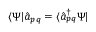
\langle \Psi | \hat { a } _ { p q } = \langle \hat { a } _ { p q } ^ { \dagger } \Psi |